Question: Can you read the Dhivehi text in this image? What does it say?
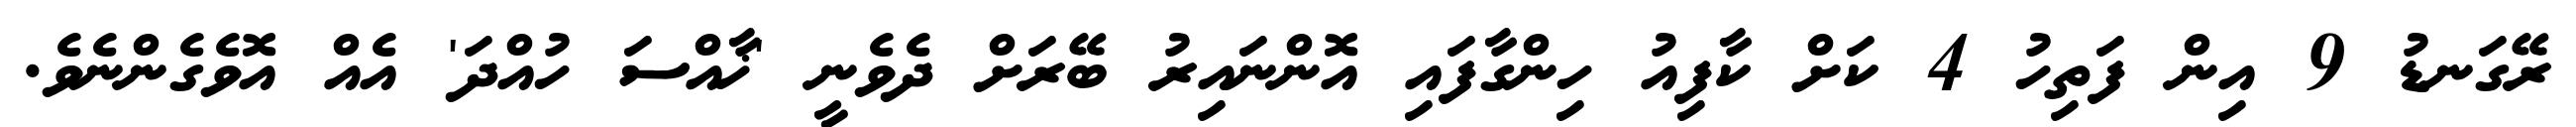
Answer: ރޭގަނޑު 9 އިން ފަތިހު 4 ކަށް ކާފިއު ހިންގާފައި އޮންނައިރު ބޭރަށް ދެވެނީ 'ޚާއްސަ ހުއްދަ' އެއް އޮވެގެންނެވެ.